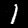
Label: 1